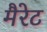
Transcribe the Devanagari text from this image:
मैरेट